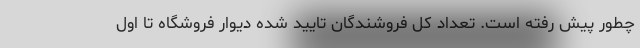
چطور پیش رفته است. تعداد کل فروشندگان تایید شده دیوار فروشگاه تا اول